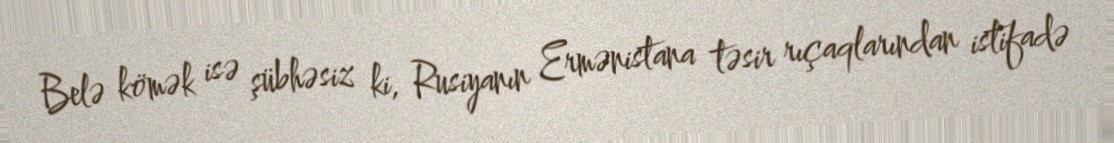
Belə kömək isə şübhəsiz ki, Rusiyanın Ermənistana təsir rıçaqlarından istifadə